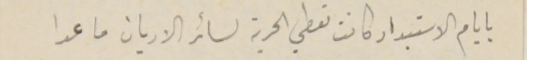
بايام الاستبداد كانت تعطي الحرية لسائر الاديان ما عدا